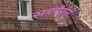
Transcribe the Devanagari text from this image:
सबमेरीनें